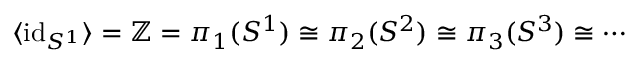
\langle { \mathrm { i d } } _ { S ^ { 1 } } \rangle = \mathbb { Z } = \pi _ { 1 } ( S ^ { 1 } ) \cong \pi _ { 2 } ( S ^ { 2 } ) \cong \pi _ { 3 } ( S ^ { 3 } ) \cong \cdots